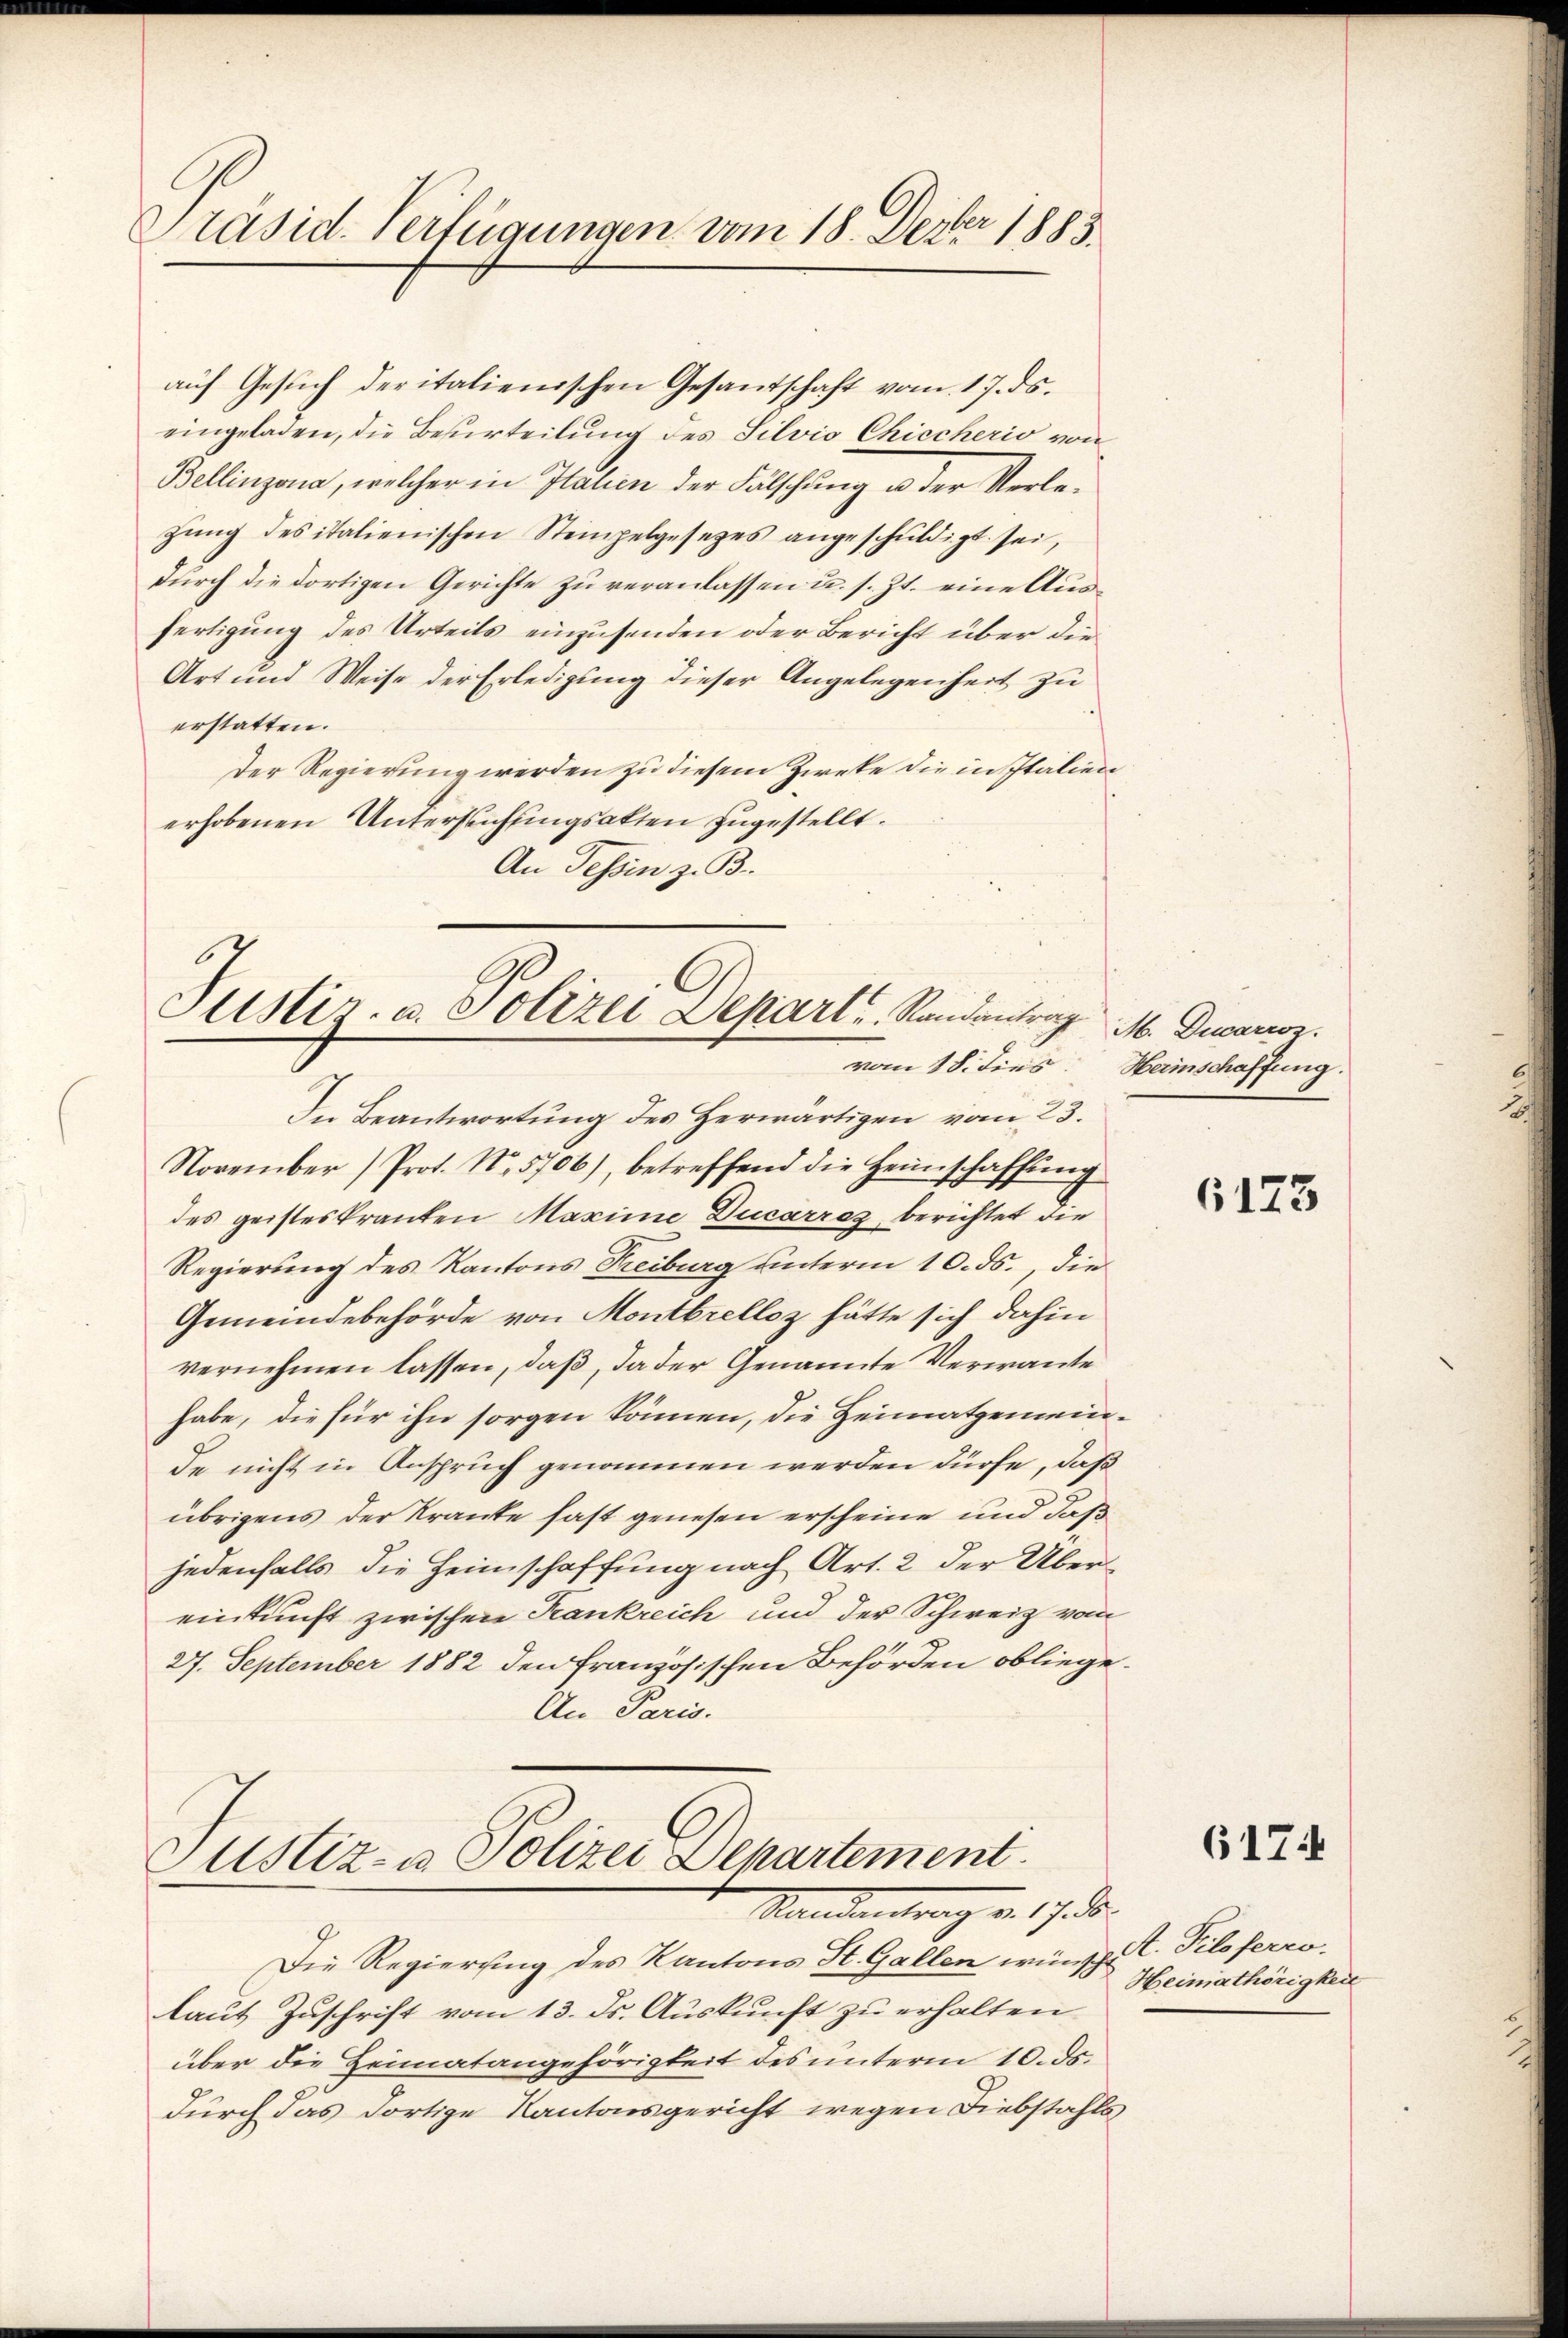
Präsid. Verfügungen vom 18. Dezbr 1883

eingeladen, die Besurteilung des Silvio Chiecherio von
Bellinzona, welcher in Italien der Fälschung u. der Verlezŭng des italienischen Stempelgesetzes angeschuldigt sei,
durch die dortigen Gerichte zu veranlassen u. s. Zt. eine Ausfertigung des Urteils einzusenden oder Bericht über die
Art und Weise der Erledigung dieser Angelegenheit zu
erstatten.
Der Regierung werden zu diesem Zieke die in Italien
erhobenen Untersuchungsakten zugestellt.
An Tessin z. B.

aŭf Gesŭch der italienischen Gesandschaft vom 17. ds.

Justiz- u. Polizei Depart, Randantrag M. Decanon.

Justiz- u Polizei Departement
Mandern a. 17. d.
Die Regierung des Kantons St. Gallen wünsche. Piloferro,

In Beantwortung des Herwärtigen vom 23.
November Prot. No. 5706), betreffend die Heimschaffung
des geisteskranten Maxime Ducarrez berichtet die
Regierung des Kantons Freiburg unterm 10. ds., die
Gemeindebehörde von Montbrelloz hätte sich dahin
vernehmen lassen, daß, da der Genannte Verwande
habe, die für ihn sorgen können, die Heimatgemeinde nicht in Anspruch genommen werden dürfe, daß
übrigens der Kranke fast genesen erscheine und daß
jedenfalls die Heimschaffung nach Art. 2 der Übereinkunft zwischen Frankreich und der Schweiz vom
27. September 1882 den französischen Behörden obliege¬
An Paris.

laut Zuschrift vom 13. ds. Auskunft zu erhalten
über die Heimatangehörigkeit des unterm 10. ds.
durch das dortige Kantonsgericht wegen Diebstahls

vom 18. dies Herinschaffung.

6173

6174

Heiniathörigkeit